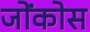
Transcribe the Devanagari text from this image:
जोंकोस